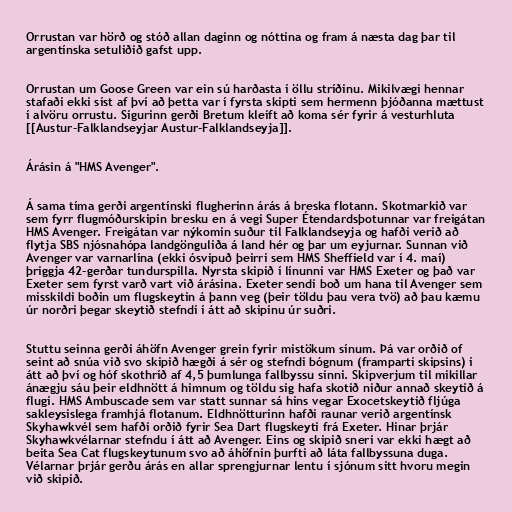
Orrustan var hörð og stóð allan daginn og nóttina og fram á næsta dag þar til
argentínska setuliðið gafst upp.

Orrustan um Goose Green var ein sú harðasta í öllu stríðinu. Mikilvægi hennar
stafaði ekki síst af því að þetta var í fyrsta skipti sem hermenn þjóðanna mættust
í alvöru orrustu. Sigurinn gerði Bretum kleift að koma sér fyrir á vesturhluta
[[Austur-Falklandseyjar Austur-Falklandseyja]].

Árásin á "HMS Avenger".

Á sama tíma gerði argentínski flugherinn árás á breska flotann. Skotmarkið var
sem fyrr flugmóðurskipin bresku en á vegi Super Étendardsþotunnar var freigátan
HMS Avenger. Freigátan var nýkomin suður til Falklandseyja og hafði verið að
flytja SBS njósnahópa landgönguliða á land hér og þar um eyjurnar. Sunnan við
Avenger var varnarlína (ekki ósvipuð þeirri sem HMS Sheffield var í 4. maí)
þriggja 42-gerðar tundurspilla. Nyrsta skipið í línunni var HMS Exeter og það var
Exeter sem fyrst varð vart við árásina. Exeter sendi boð um hana til Avenger sem
misskildi boðin um flugskeytin á þann veg (þeir töldu þau vera tvö) að þau kæmu
úr norðri þegar skeytið stefndi í átt að skipinu úr suðri.

Stuttu seinna gerði áhöfn Avenger grein fyrir mistökum sínum. Þá var orðið of
seint að snúa við svo skipið hægði á sér og stefndi bógnum (framparti skipsins) í
átt að því og hóf skothríð af 4,5 þumlunga fallbyssu sinni. Skipverjum til mikillar
ánægju sáu þeir eldhnött á himnum og töldu sig hafa skotið niður annað skeytið á
flugi. HMS Ambuscade sem var statt sunnar sá hins vegar Exocetskeytið fljúga
sakleysislega framhjá flotanum. Eldhnötturinn hafði raunar verið argentínsk
Skyhawkvél sem hafði orðið fyrir Sea Dart flugskeyti frá Exeter. Hinar þrjár
Skyhawkvélarnar stefndu í átt að Avenger. Eins og skipið sneri var ekki hægt að
beita Sea Cat flugskeytunum svo að áhöfnin þurfti að láta fallbyssuna duga.
Vélarnar þrjár gerðu árás en allar sprengjurnar lentu í sjónum sitt hvoru megin
við skipið.